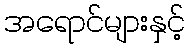
အရောင်များနှင့်